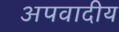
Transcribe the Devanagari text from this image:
अपवादीय